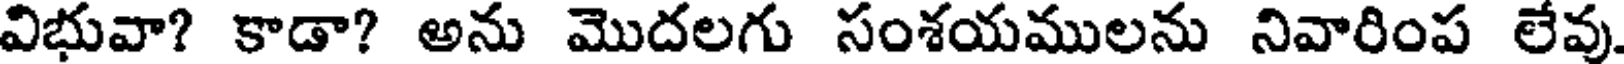
విభువా? కాడా? అను మొదలగు సంశయములను నివారింప లేవు